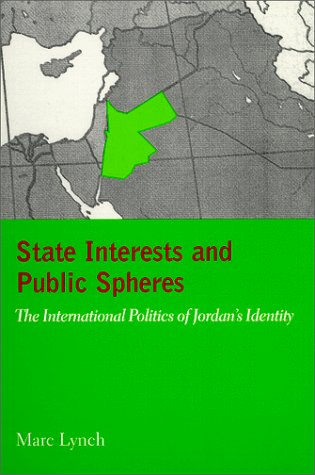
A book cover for State Interests and Public Spheres; Marc Lynch; History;